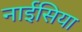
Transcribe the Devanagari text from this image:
नाईसिया